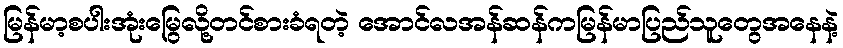
မြန်မာ့စပါးအုံးမြွေလို့တင်စားခံရတဲ့ အောင်လအန်ဆန်ကမြန်မာပြည်သူတွေအနေနဲ့